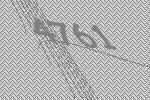
4761